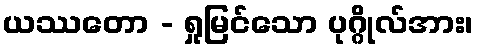
ယဿတော - ရှုမြင်သော ပုဂ္ဂိုလ်အား၊